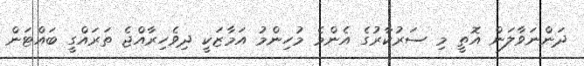
ދަންނަވާލަން އޮތީ މި ސަރުކާރުގެ އެންމެ މުހިންމު އަމާޒަކީ ދިވެހިރާއްޖެ ތަރައްގީ ބައްޓަން